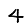
Digit: 4